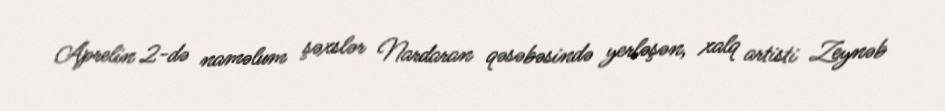
Aprelin 2-də naməlum şəxslər Nardaran qəsəbəsində yerləşən, xalq artisti Zeynəb